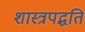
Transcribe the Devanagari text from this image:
शास्त्रपद्धति